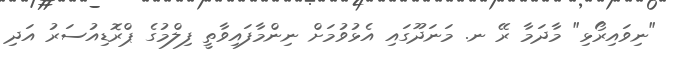
"ނިވައިރޯޅި" މާދަމާ ރޭ ނ. މަނަދޫގައި އެޅުވުމަށް ނިންމާފައިވާތީ ފިލްމުގެ ޕްރޮޑިއުސަރު އަދި